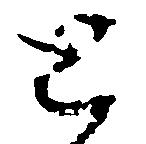
と